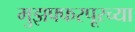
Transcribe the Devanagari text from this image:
मुझफ्फरपूरच्या